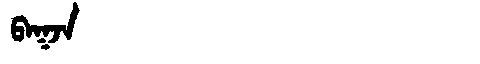
Manchu: ᠪᠠᡴᠵᠠ
Romanization: BAKJA